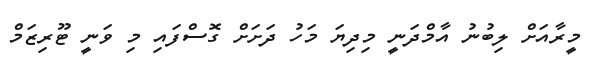
މީރާއަށް ލިބުނު އާމްދަނީ މިދިޔަ މަހު ދަށަށް ގޮސްފައި މި ވަނީ ޓޫރިޒަމް